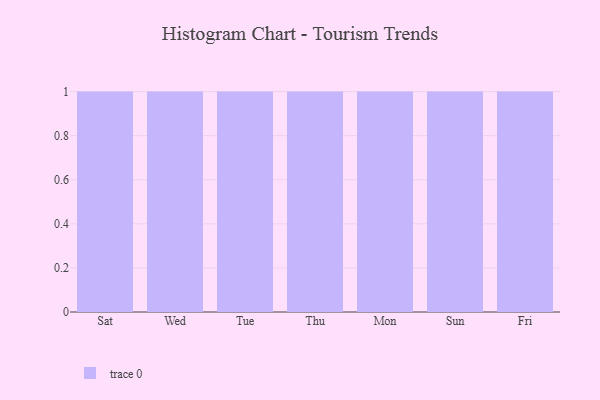
{"axis": {"x": "Day", "y": "Operating Costs (USD K)"}, "legend": [""], "data": [{"x": "Sat", "y": 95, "type": ""}, {"x": "Wed", "y": 98, "type": ""}, {"x": "Tue", "y": 91, "type": ""}, {"x": "Thu", "y": 31, "type": ""}, {"x": "Mon", "y": 65, "type": ""}, {"x": "Sun", "y": 64, "type": ""}, {"x": "Fri", "y": 3, "type": ""}]}